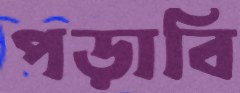
পড়াবি